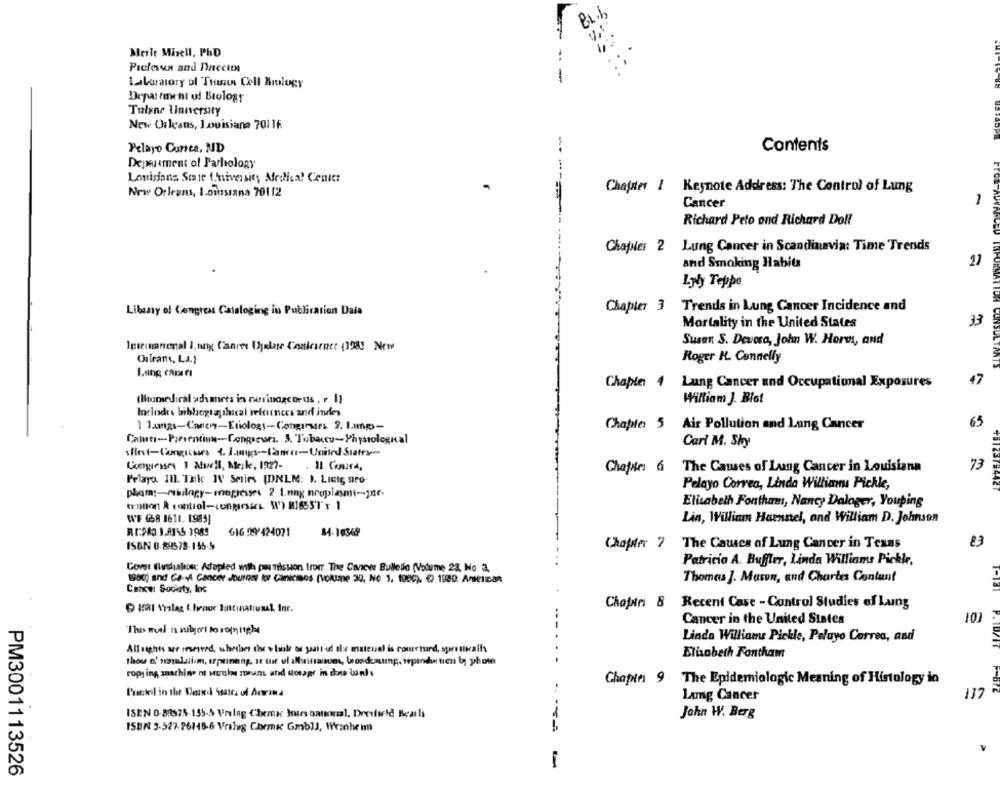
Merle Mizell, PhD
-
Laboratory of Trunus Cell Biology
Department of Biology
Tulane Unnersity
New Orleans, Louisiana 70116
Pelayo Cunea, ND
-
Contents
Deperiment of Pathology
Louisiana Scie University Medical Center
Chafzter / Keynote Address: The Control of Lung
New Orleans, I.oinsiana 70112
Cancer
1
Richard Peto and Richard Doll
Chapter 2 Lung Cancer in Scandinavia: Time Trends
and Smoking Habits
Ly Teppo
Chapter 3
Trends in Lung Cancer Incidence and
Libuny of Congress Cataloging in Publication Daia
Mortality in the United States
3
Susan S. Devosa, John W. Horw, and
Internanonal I, ung Canret Uhulate Conlearner (198! New
Os team, La}
Roger H. Connelly
47
Chaple 4
Lung Cancer and Occupational Exposures
(Biomedical advares in runinogcoeds , r 1}
William J. Blot
Indiodes bibliographical relances and indes
Chapter 5
Air Pollution and Lung Cancer
65
Carl M. Shy
Congresses 1 Avril, Meike, 1927-
Chaffe 6 The Causes of Lung Cancer in Louisiana
73
Pelayo. I11. Tak IV Series (DNLM: 1. Ligts seo.
Pelayo Correa, Linda Williams Pickle,
23784427
phoms-osbilagy-magresses 2 Lung nroplasmi-jne-
tuition & control-congresses W) M1655'7'x 1
Elisabeth Fontham, Nancy Dalager, Youping
WE G8 1611. 1985]
Lin, William Haensel, and William D. Johnson
616 9 424071
84. 10349
ISBN 0 88578-155-4
Chofer 7
The Causes of Lung Cancer in Texas
83
Patricia A. Buffler, Linda Williams Pickk,
Covet ilushalon: Adopled with permission fromr. The Crew Bulledo (Volume 23, No 3.
Thomas J. Mason, and Charles Contant
1980) and CA-A Cancer Jourout to Canicians (Volime 30, No 1. 1989). € 1830. AMPLIAR
Cance: Society, Inc
1081 Vrslag t.henoc Junttinational, Inr.
Chapen 8 Recent Case - Control Studies of Luing
Cancer in the United States
101
-- .
Linda Williams Pickle, Pelayo Correa, and
Allsights we reserved, whether thor y bole os yant od der mateual is couretard, sproutscalls
Elisabeth Fontham
7. 10/17
ropy ing zaachine ni stuck zorans and storage in cons bands
Chapter 9 The Epidemiologic Meaning of Histology in
Printed in the Dead Ssates ol Arrima
Lung Cancer
117
ISEN 0-89974- 155-5 Vrelag Chemac Hes national, Dresfield Bearla
John W. Berg
ISBN 3-527-26148-6 Vraleg Chemi GmbJJ, Wiranheim
PM3001113526